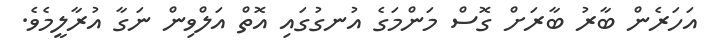
އަހަރެން ބާރު ބާރަށް ގޮސް މަންމަގެ އުނގުގައި އޮތް އަލްވިން ނަގާ އުރާލީމެވެ.